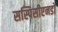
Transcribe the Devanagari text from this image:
सस्पिसीएनडो